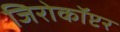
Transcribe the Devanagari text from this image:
जिरोकॉप्टर